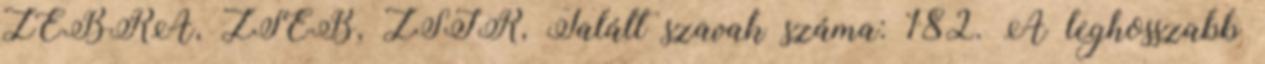
ZEBRA, ZSEB, ZSIR, Talált szavak száma: 182. A leghosszabb